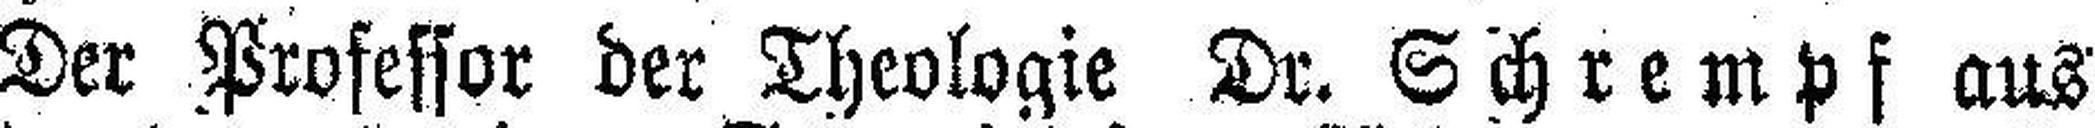
Der Professor der Theologie Dr. Schrempf aus